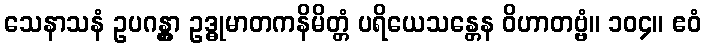
သေနာသနံ ဥပဂန္တွာ ဥဒ္ဓုမာတကနိမိတ္တံ ပရိယေသန္တေန ဝိဟာတဗ္ဗံ။ ၁၀၄။ ဧဝံ